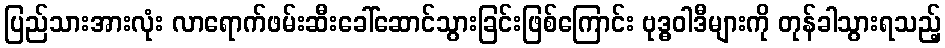
ပြည်သားအားလုံး လာရောက်ဖမ်းဆီးခေါ်ဆောင်သွားခြင်းဖြစ်ကြောင်း ဗုဒ္ဓဝါဒီများကို တုန်ခါသွားရသည့်